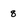
Character: 8